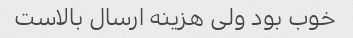
خوب بود ولی هزینه ارسال بالاست